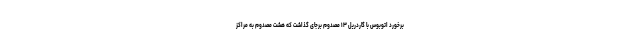
برخورد اتوبوس با گاردریل ١٣ مصدوم برجای گذاشت که هشت مصدوم به مراکز